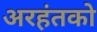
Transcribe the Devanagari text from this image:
अरहंतको